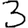
Digit: 3